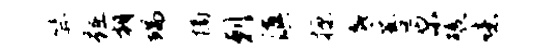
笄踵朝端摘剌滇掠底菩原碾噫